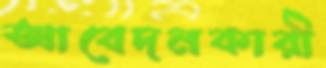
আবেদনকারী